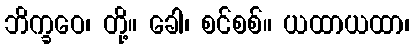
ဘိက္ခဝေ၊ တို့။ ခေါ၊ စင်စစ်။ ယထာယထာ၊